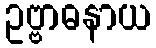
ဥဗ္ဗာဓနာယ